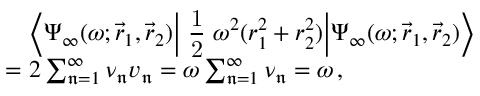
\begin{array} { r l } & { \mathrel { \phantom { = } } \Bigl \langle \Psi _ { \infty } ( \omega ; \vec { r } _ { 1 } , \vec { r } _ { 2 } ) \Big | \mathrm { \small ~ \displaystyle \frac { 1 } { 2 } ~ } \omega ^ { 2 } ( r _ { 1 } ^ { 2 } + r _ { 2 } ^ { 2 } ) \Big | \Psi _ { \infty } ( \omega ; \vec { r } _ { 1 } , \vec { r } _ { 2 } ) \Bigr \rangle } \\ & { = 2 \sum _ { \mathfrak { n } = 1 } ^ { \infty } \nu _ { \mathfrak { n } } v _ { \mathfrak { n } } = \omega \sum _ { \mathfrak { n } = 1 } ^ { \infty } \nu _ { \mathfrak { n } } = \omega \, , } \end{array}